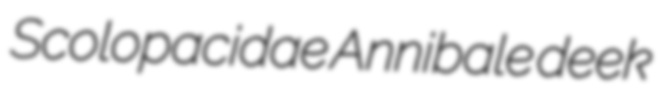
Scolopacidae Annibale deek